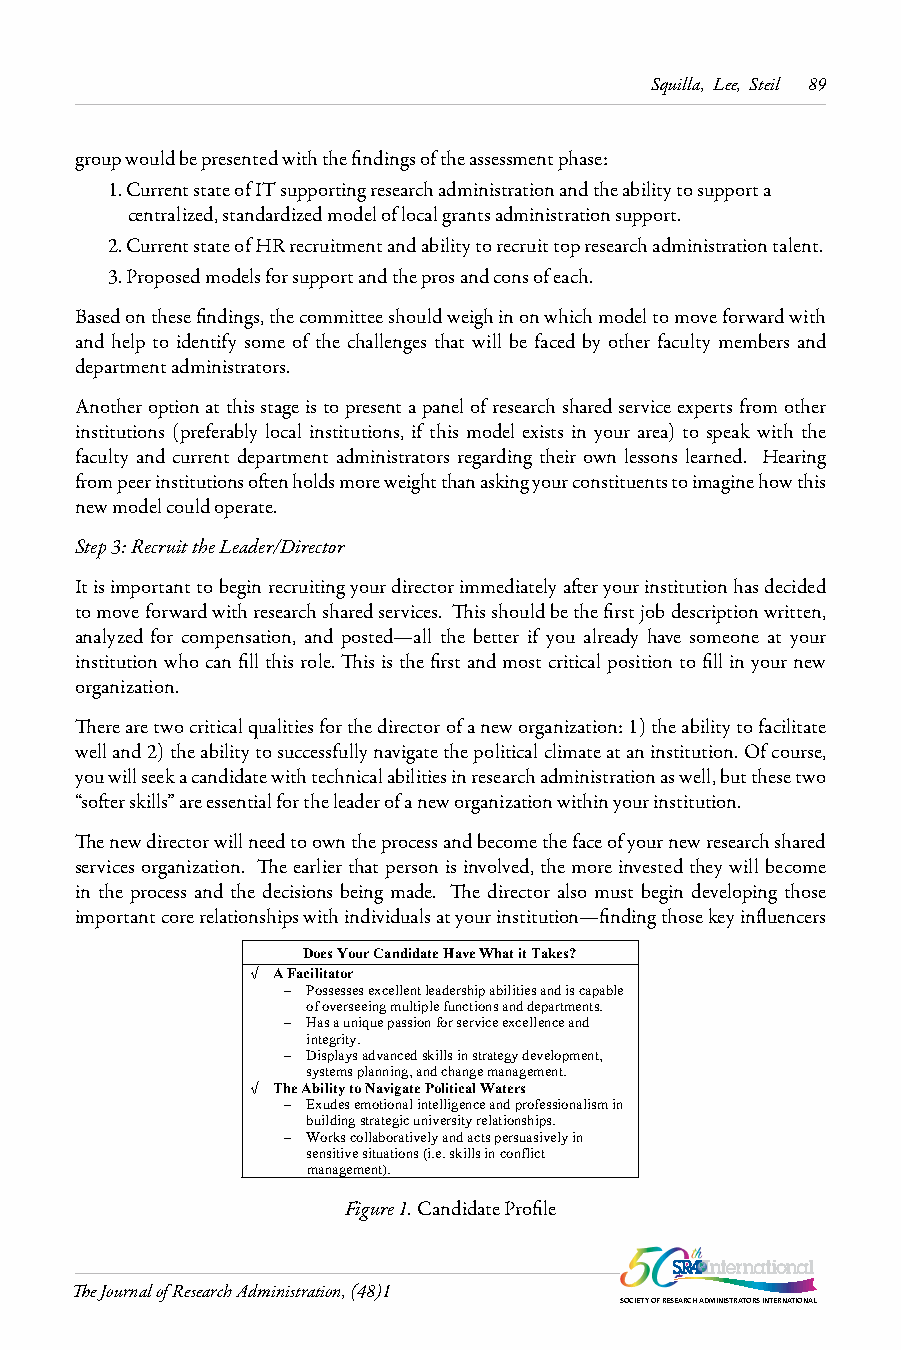
Squilla, Lee, Steil 89
 group would be presented with the findings of the assessment phase:
 1. Current state of IT supporting research administration and the ability to support a
 centralized, standardized model of local grants administration support.
 2. Current state of HR recruitment and ability to recruit top research administration talent.
 3. Proposed models for support and the pros and cons of each.
 Based on these findings, the committee should weigh in on which model to move forward with
 and help to identify some of the challenges that will be faced by other faculty members and
 department administrators.
 Another option at this stage is to present a panel of research shared service experts from other
 institutions (preferably local institutions, if this model exists in your area) to speak with the
 faculty and current department administrators regarding their own lessons learned. Hearing
 from peer institutions often holds more weight than asking your constituents to imagine how this
 new model could operate.
 Step 3: Recruit the Leader/Director
 It is important to begin recruiting your director immediately after your institution has decided
 to move forward with research shared services. This should be the first job description written,
 analyzed for compensation, and posted—all the better if you already have someone at your
 institution who can fill this role. This is the first and most critical position to fill in your new
 organization.
 There are two critical qualities for the director of a new organization: 1) the ability to facilitate
 well and 2) the ability to successfully navigate the political climate at an institution. Of course,
 you will seek a candidate with technical abilities in research administration as well, but these two
 “softer skills” are essential for the leader of a new organization within your institution.
 The new director will need to own the process and become the face of your new research shared
 services organization. The earlier that person is involved, the more invested they will become
 in the process and the decisions being made. The director also must begin developing those
 important core relationships with individuals at your institution—finding those key influencers
 Does Your Candidate Have What it Takes?
 √ A Facilitator
 – Possesses excellent leadership abilities and is capable
 of overseeing multiple functions and departments.
 – Has a unique passion for service excellence and
 integrity.
 – Displays advanced skills in strategy development,
 systems planning, and change management.
 √ The Ability to Navigate Political Waters
 – Exudes emotional intelligence and professionalism in
 building strategic university relationships.
 – Works collaboratively and acts persuasively in
 sensitive situations (i.e. skills in conflict
 management).
 Figure 1. Candidate Profile
 The Journal of Research Administration, (48)1
 SOCIETY OF RESEARCH ADMINISTRATORS INTERNATIONAL